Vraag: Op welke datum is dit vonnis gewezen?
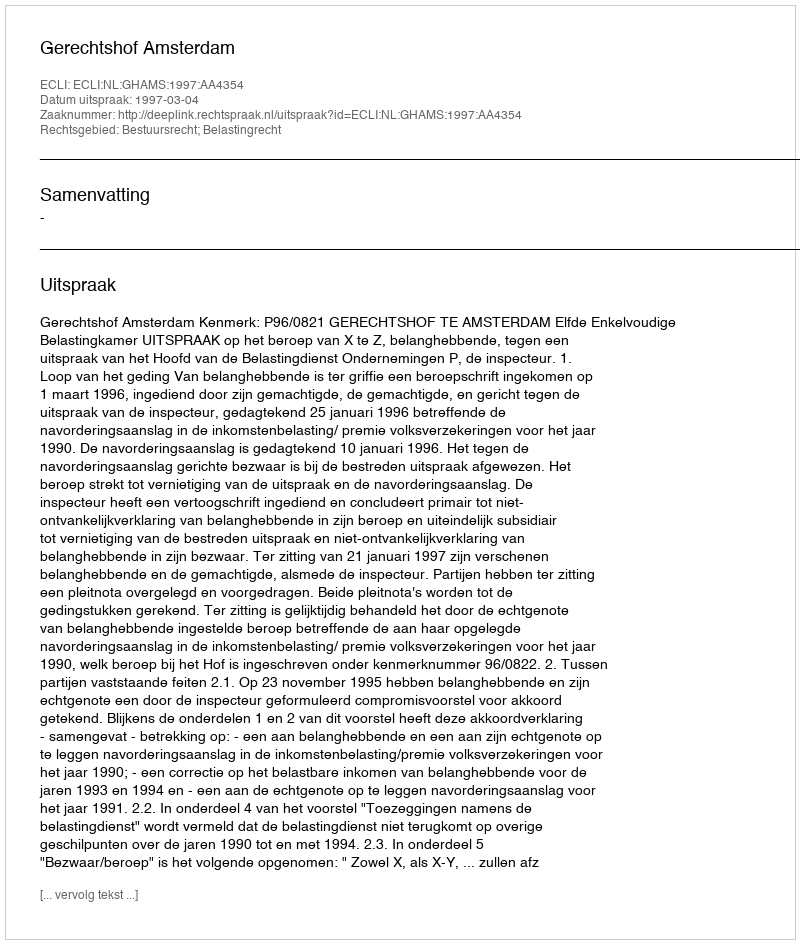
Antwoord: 1997-03-04